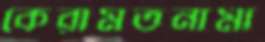
কেরামতনামা